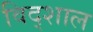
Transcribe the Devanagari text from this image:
विद्शाल